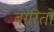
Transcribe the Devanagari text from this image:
बारितो